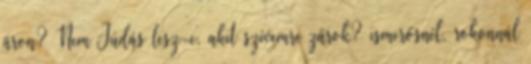
áron? Nem Júdás lesz-e, akit szívemre zárok? ismerősnél, rokonnál